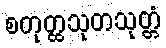
စတုတ္ထသုတသုတ္တံ